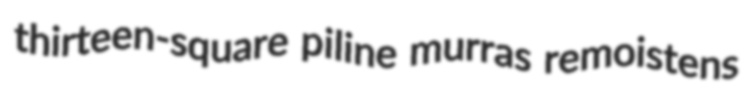
thirteen-square piline murras remoistens